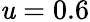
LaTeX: \mathit{u}=0.6